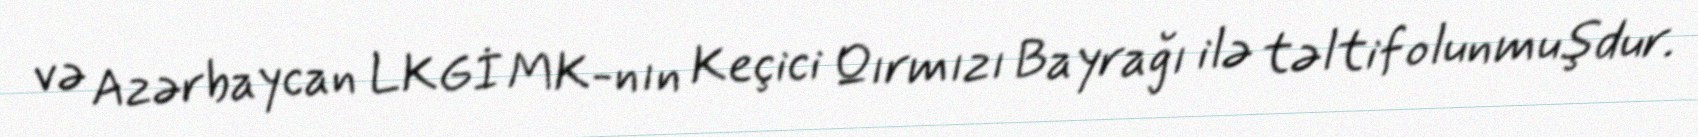
və Azərbaycan LKGİ MK-nın Keçici Qırmızı Bayrağı ilə təltif olunmuşdur.